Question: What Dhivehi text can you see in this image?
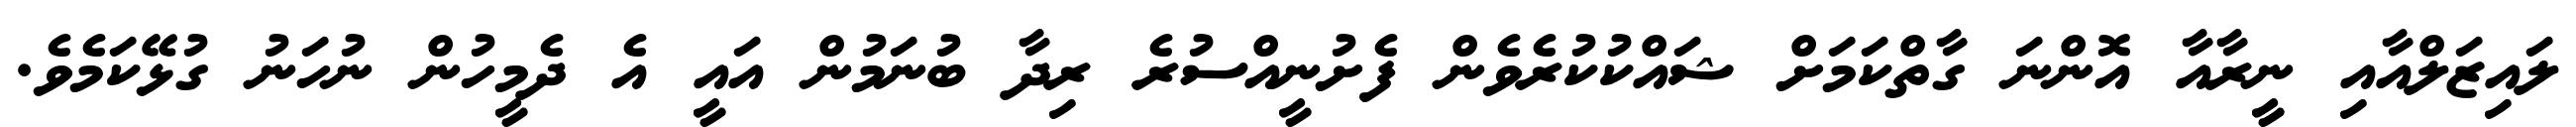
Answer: ލައިޒަލްއާއި ނީރާއާ އޮންނަ ގާތްކަމަށް ޝައްކުކުރެވެން ފެށުނީއްސުރެ ރިދާ ބުނަމުން އައީ އެ ދެމީހުން ނުހަނު ގުޅޭކަމެވެ.